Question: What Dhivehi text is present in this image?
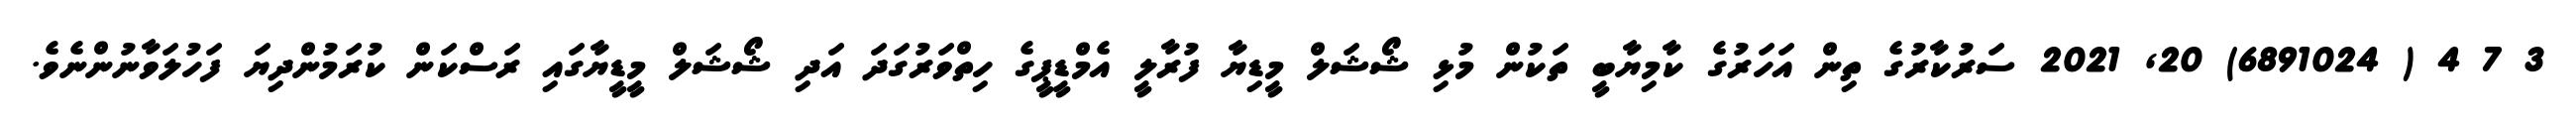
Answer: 3 7 4 ( 6891024) 20, 2021 ސަރުކާރުގެ ތިން އަހަރުގެ ކާމިޔާބީ ތަކުން މުޅި ޝޯޝަލް މީޑިޔާ ފުރާލީ އެމްޑީޕީގެ ހިތްވަރުގަދަ އަދި ޝޯޝަލް މީޑީޔާގައި ރަސްކަން ކުރަމުންދިޔަ ފަހުލަވާނުންނެވެ.